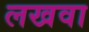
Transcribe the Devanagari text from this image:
लखवा